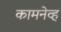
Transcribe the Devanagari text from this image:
कामनेव्ह